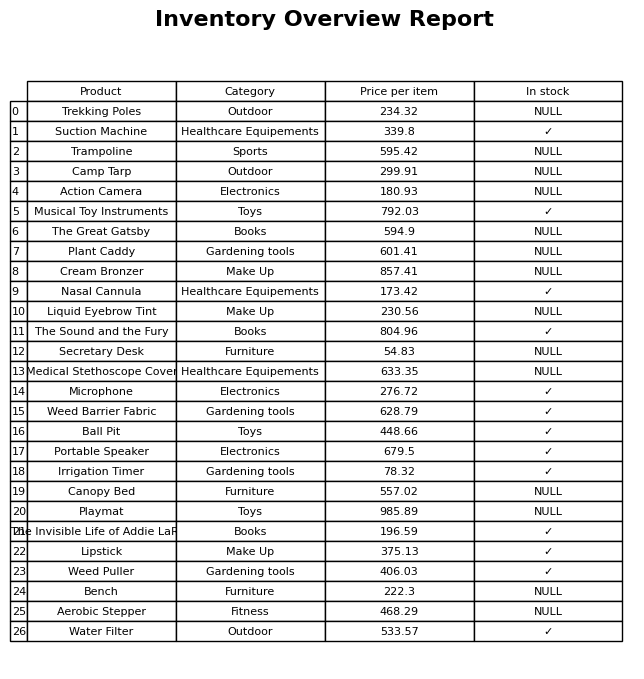
question: Is the Ball Pit in stock?
answer: ✓